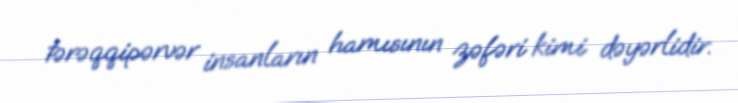
tərəqqipərvər insanların hamısının zəfəri kimi dəyərlidir.